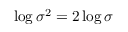
\log \sigma ^ { 2 } = 2 \log \sigma